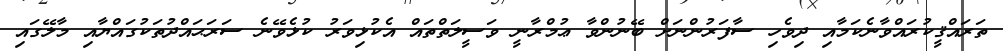
ތަރައްޤީކުރައްވާނެކަމާއި ދިވެހި ސާފަރުންނަށް ބޭނުންވާ ޢުމްރާނީ ވަސީލަތްތައް އެކުޅިވަރު ކުޅެވޭނެ ސަރަޙައްދުތަކުގައްޔާއި މާލޭގައި